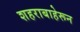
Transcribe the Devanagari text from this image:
शहराबाहेरून